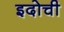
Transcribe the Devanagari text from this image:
इदोची